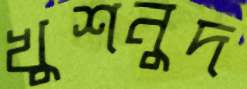
খুশনুদ